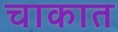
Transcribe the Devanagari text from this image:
चाकात